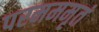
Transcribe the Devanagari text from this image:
परमममृतं